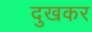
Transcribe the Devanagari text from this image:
दुखकर